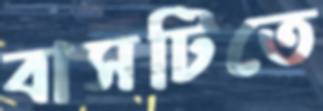
বাসটিতে